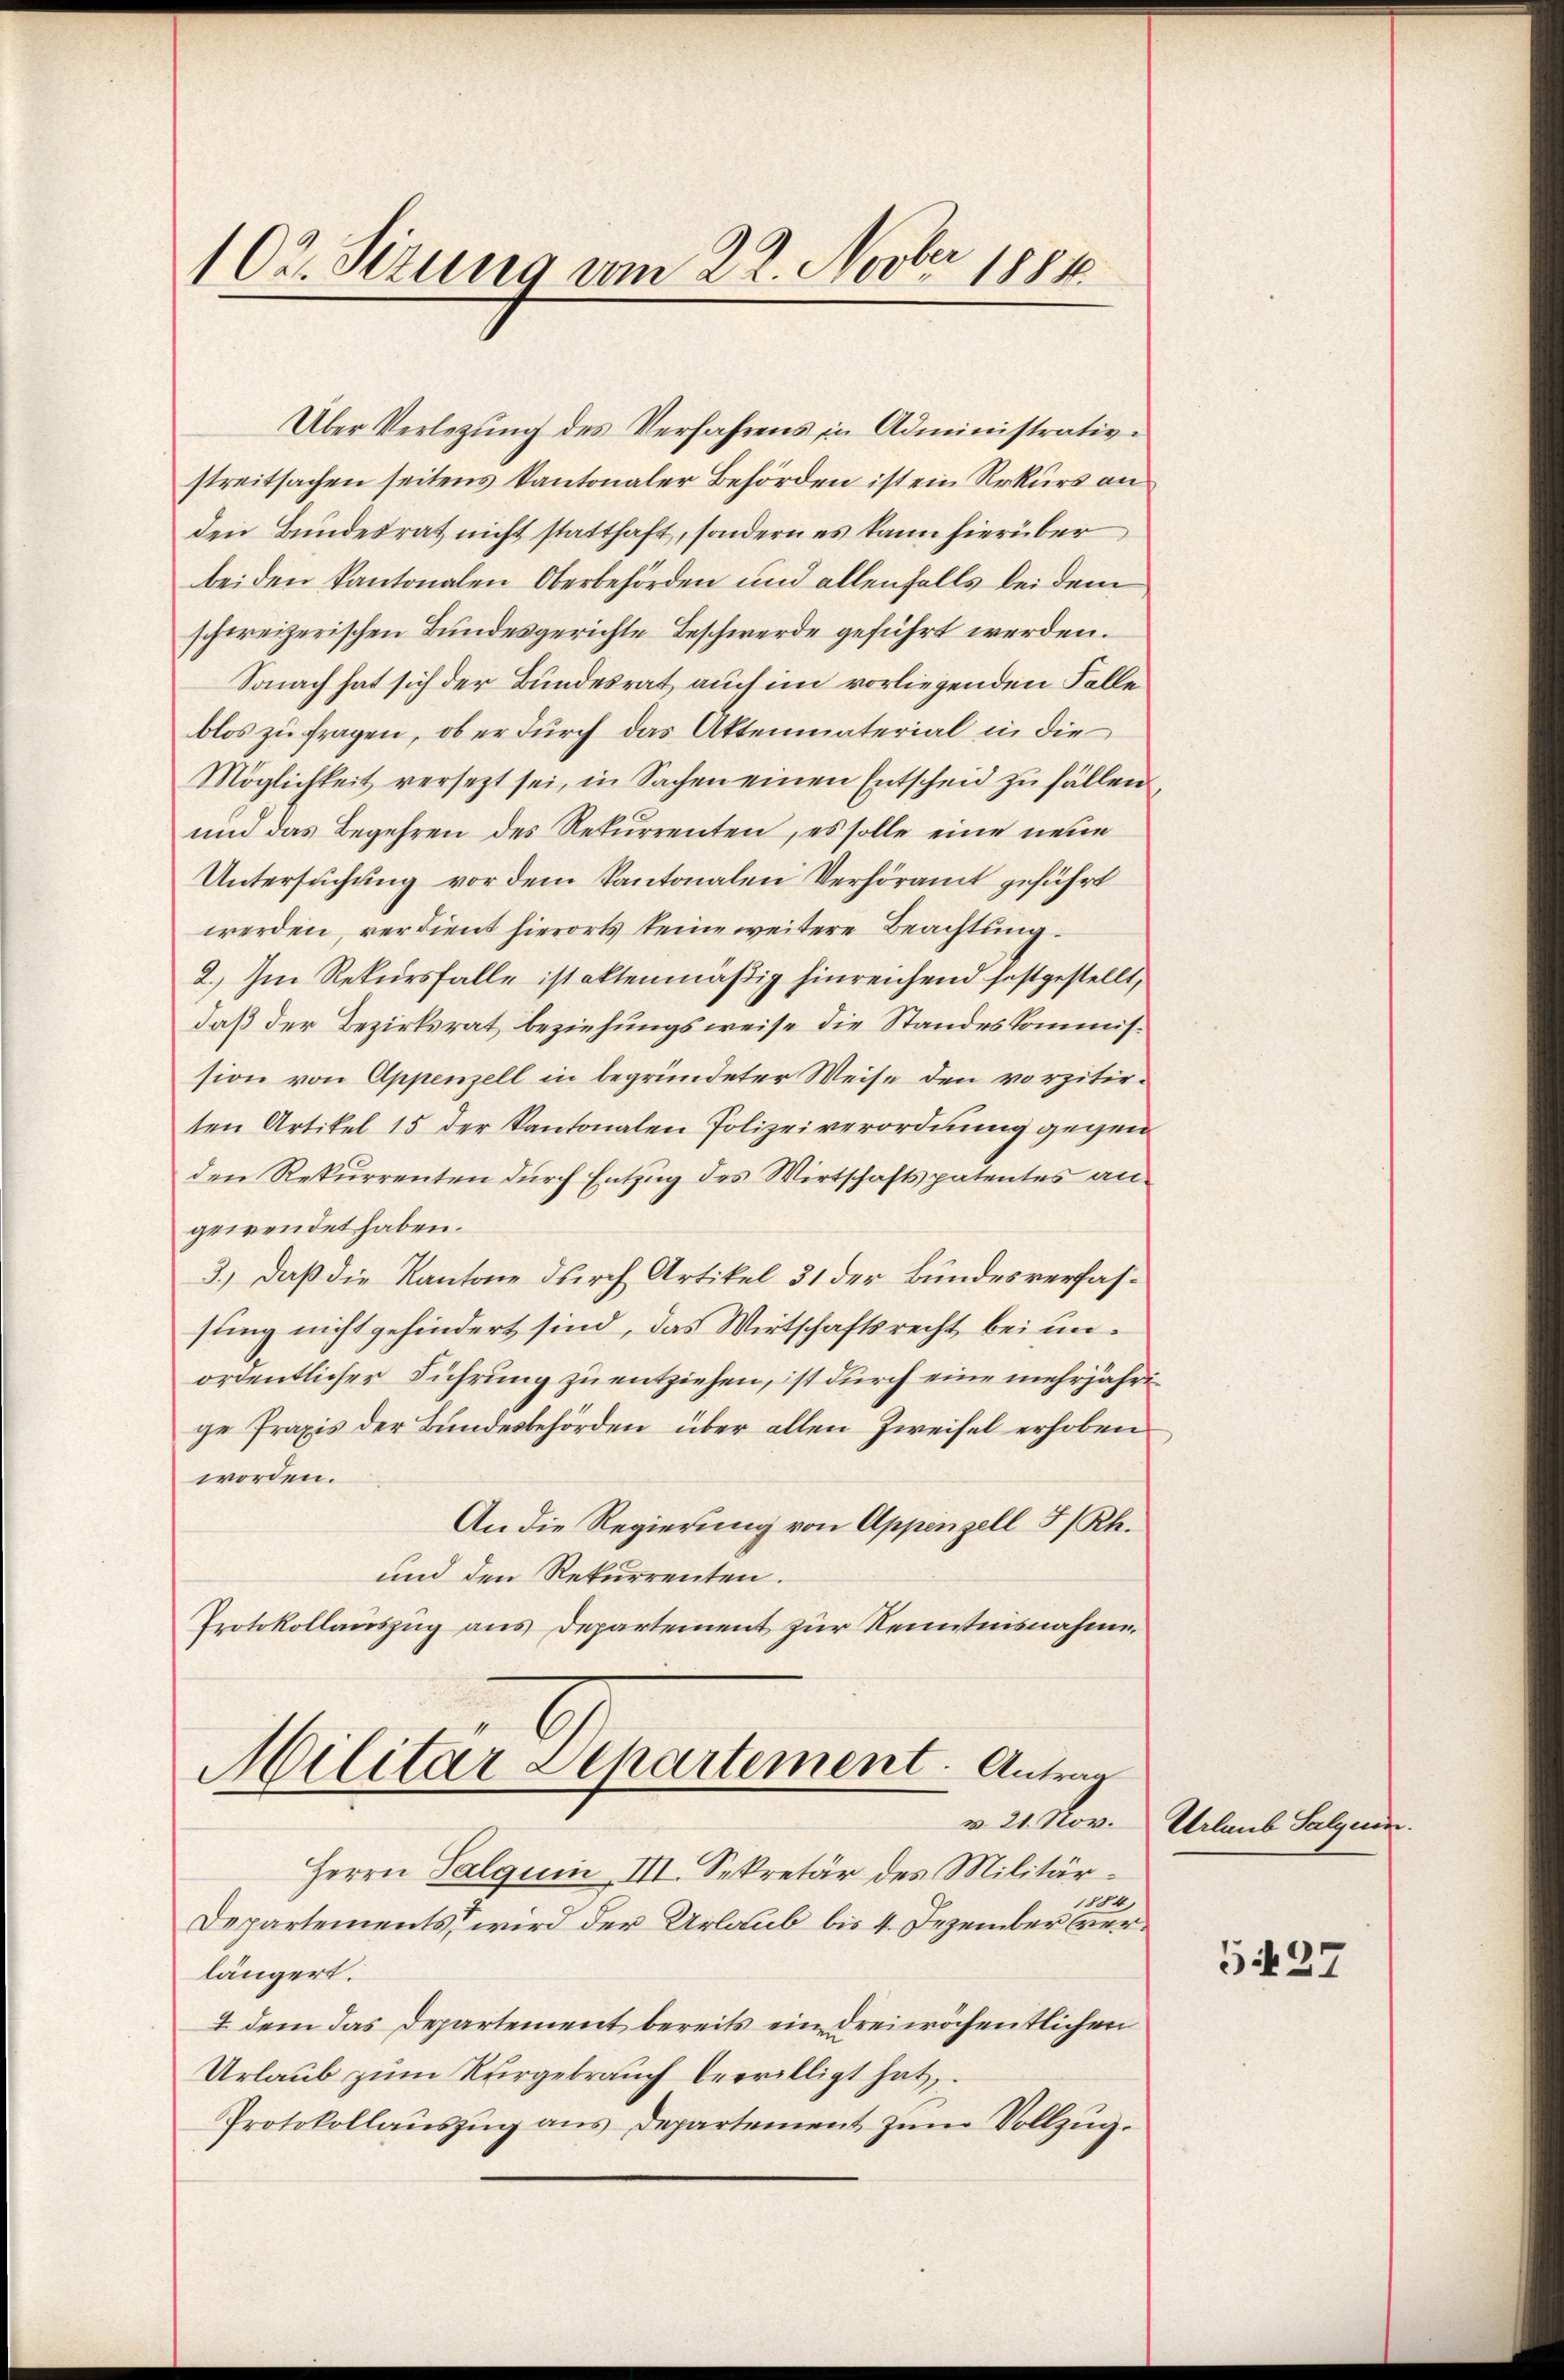
102. Sizung vom 22. Novbr 1884.

Über Verlegŭng des Verfahrens in Administrativ-
streitsachen seitens kantonaler Behörden ist ein Rekurs an
den Bundesrat nicht statthaft, sondern es kann hierüber
beiden kantonalen Oberbehörden und allenfalls bei dem
schweizerischen Bundesgerichte Beschwerde geführt werden.
Sonach hat sich der Bundesrat auch im vorliegenden Falle
blos zu fragen, ob er durch das Aktenmaterial in die
Möglichkeit versezt sei, in Sachen einen Entscheid zu fällen.
und das Begehren des Rekurrenten, es solle eine neue
Untersuchung vor dem Kantonalen Verhöramt geführt
werden, verdient hierorts keine weitere Beachtung
2.) Im Rekursfalle istattenmäßig hinreichend festgestellt,
daß der Bezirksrat beziehungsweise die Standeskommission von Appenzell in begründeter Weise den vorzitirten Artikel 15 der Kantonalen Polizeiverordnung gegen
den Rekurrenten durch Entzug des Wirtschaftspatentes angewendet haben.
3.) Daß die Kantone durch Artikel 31 der Bundesverfassung nicht gehindert sind, das Wirtschaftsrecht bei unordentlicher Führung zu entziehen, ist durch eine mehrjährige Praxis der Bundesbehörden über allen Zweifel erhoben
worden.
An die Regierung von Appenzell I/Rh.
und den Rekurrenten.
Protokollauszug aus Departement zur Kenntnisnahmen

Herrn Salguin III. Sekretär des Militär-
100
Departements, wird der Urlaub bis 4. Dezember verlängert.
4. dem das Departement bereits ein dreiwöchentlichen
Urlaub zum Vergebrauch bewilligt hat,
Protokollaŭszŭg ans Departement zum Vollzug.

Militar Departement. Antrag

v. 21. Nov. Urlaub Salzen.

5427